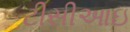
ટીસીઆઇ